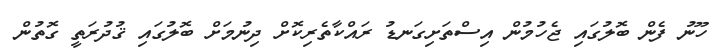
ހޫނު ފެން ބޮލުގައި ޖެހުމުން އިސްތަށިގަނޑު ރައްކާތެރިކޮށް ދިނުމަށް ބޮލުގައި ޤުދުރަތީ ގޮތުން